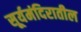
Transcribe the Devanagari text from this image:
सूर्यमंदिरातील